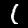
Label: 1